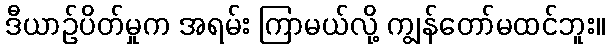
ဒီယာဉ်ပိတ်မှုက အရမ်း ကြာမယ်လို့ ကျွန်တော်မထင်ဘူး။